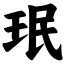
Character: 珉